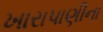
ખારાપાણીના